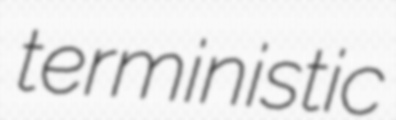
terministic